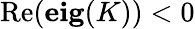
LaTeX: \mathrm{Re}(\mathbf{eig}(K))<0